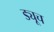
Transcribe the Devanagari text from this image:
ड्यूच